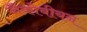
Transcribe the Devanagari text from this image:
जैकोबीयन